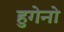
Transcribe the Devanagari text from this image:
हुगेनो